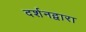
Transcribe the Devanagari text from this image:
दर्शनद्वारा